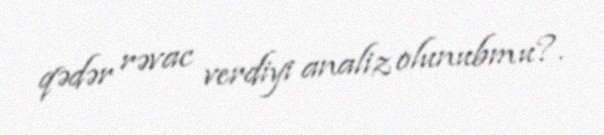
qədər rəvac verdiyi analiz olunubmu?.